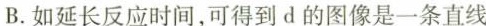
B.如延长反应时间，可得到d的图像是一条直线